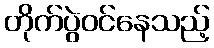
တိုက်ပွဲဝင်နေသည့်